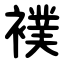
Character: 襆